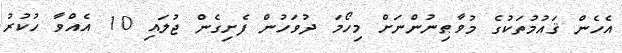
އެހެން ޤައުމުތަކުގެ މުވާޠިނުންނަށް މިހޯމަ ދުވަހުން ފެށިގެން ޖުލައި 10 އެއްވާ ހުކުރު